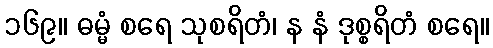
၁၆၉။ ဓမ္မံ စရေ သုစရိတံ၊ န နံ ဒုစ္စရိတံ စရေ။